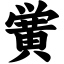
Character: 黉